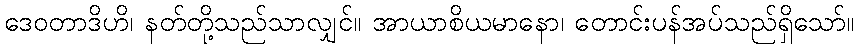
ဒေဝတာဒိဟိ၊ နတ်တို့သည်သာလျှင်။ အာယာစိယမာနော၊ တောင်းပန်အပ်သည်ရှိသော်။